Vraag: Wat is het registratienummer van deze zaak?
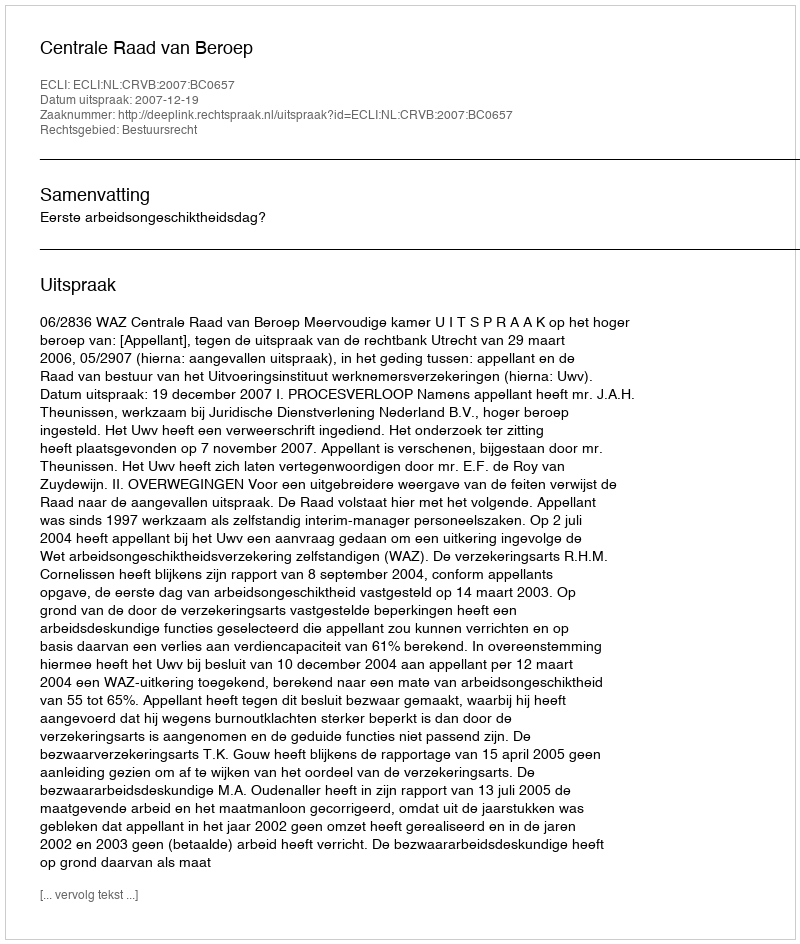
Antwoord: http://deeplink.rechtspraak.nl/uitspraak?id=ECLI:NL:CRVB:2007:BC0657